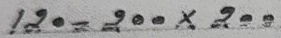
120 = 200 x 200